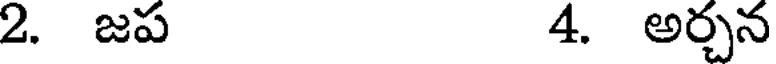
2. జప 4. అర్చన